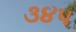
૩૪૫